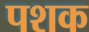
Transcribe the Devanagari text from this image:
पशक